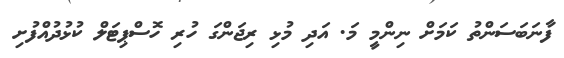
ފާނަބަސަންތު ކަމަށް ނިންމީ މަ. އަދި މުޅި ރިޖަންގަ ހުރި ހޮސްޕިޓަލް ކުޅުދުއްފުށި